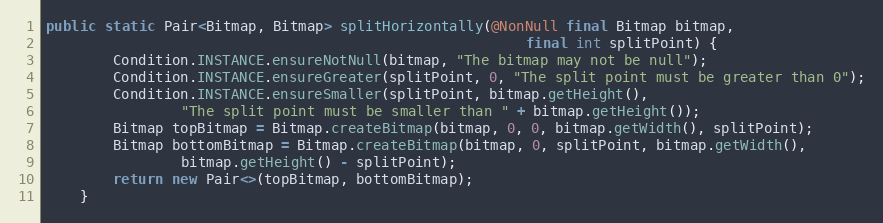
Language: Java
public static Pair<Bitmap, Bitmap> splitHorizontally(@NonNull final Bitmap bitmap,
                                                         final int splitPoint) {
        Condition.INSTANCE.ensureNotNull(bitmap, "The bitmap may not be null");
        Condition.INSTANCE.ensureGreater(splitPoint, 0, "The split point must be greater than 0");
        Condition.INSTANCE.ensureSmaller(splitPoint, bitmap.getHeight(),
                "The split point must be smaller than " + bitmap.getHeight());
        Bitmap topBitmap = Bitmap.createBitmap(bitmap, 0, 0, bitmap.getWidth(), splitPoint);
        Bitmap bottomBitmap = Bitmap.createBitmap(bitmap, 0, splitPoint, bitmap.getWidth(),
                bitmap.getHeight() - splitPoint);
        return new Pair<>(topBitmap, bottomBitmap);
    }